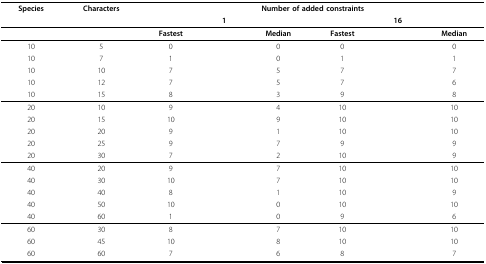
| Species | Characters | <COLSPAN=6> Number of added constraints |
 |  |  |  | 1 |  |  | 16 |  |
 | --- | --- | --- | --- | --- | --- | --- | --- |
 |  |  | Fastest |  | Median | Fastest |  | Median |
 | 10 | 5 | 0 |  | 0 | 0 |  | 0 |
 | 10 | 7 | 1 |  | 0 | 1 |  | 1 |
 | 10 | 10 | 7 |  | 5 | 7 |  | 7 |
 | 10 | 12 | 7 |  | 5 | 7 |  | 6 |
 | 10 | 15 | 8 |  | 3 | 9 |  | 8 |
 | 20 | 10 | 9 |  | 4 | 10 |  | 10 |
 | 20 | 15 | 10 |  | 9 | 10 |  | 10 |
 | 20 | 20 | 9 |  | 1 | 10 |  | 10 |
 | 20 | 25 | 9 |  | 7 | 9 |  | 9 |
 | 20 | 30 | 7 |  | 2 | 10 |  | 9 |
 | 40 | 20 | 9 |  | 7 | 10 |  | 10 |
 | 40 | 30 | 10 |  | 7 | 10 |  | 10 |
 | 40 | 40 | 8 |  | 1 | 10 |  | 9 |
 | 40 | 50 | 10 |  | 0 | 10 |  | 10 |
 | 40 | 60 | 1 |  | 0 | 9 |  | 6 |
 | 60 | 30 | 8 |  | 7 | 10 |  | 10 |
 | 60 | 45 | 10 |  | 8 | 10 |  | 10 |
 | 60 | 60 | 7 |  | 6 | 8 |  | 7 |